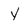
Character: y